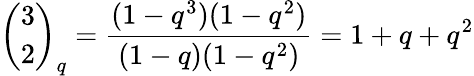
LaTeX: {\binom{3}{2}}_{q}={\frac{(1-q^{3})(1-q^{2})}{(1-q)(1-q^{2})}}=1+q+q^{2}